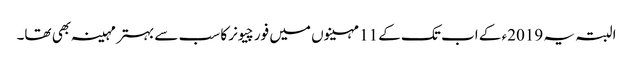
البتہ یہ 2019ء کے اب تک کے 11 مہینوں میں فورچیونر کا سب سے بہتر مہینہ بھی تھا۔